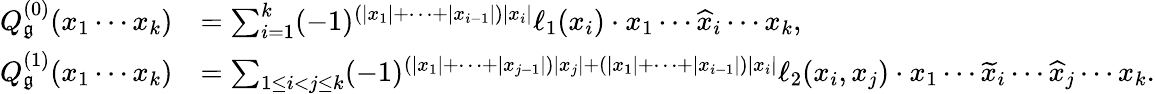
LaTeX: \begin{array}{rl}{Q_{\mathfrak{g}}^{(0)}(x_{1}\cdots x_{k})}&{=\sum_{i=1}^{k}(-1)^{(|x_{1}|+\cdots+|x_{i-1}|)|x_{i}|}\ell_{1}(x_{i})\cdot x_{1}\cdots\widehat{x}_{i}\cdots x_{k},}\\ {Q_{\mathfrak{g}}^{(1)}(x_{1}\cdots x_{k})}&{=\sum_{1\leq i<j\leq k}(-1)^{(|x_{1}|+\cdots+|x_{j-1}|)|x_{j}|+(|x_{1}|+\cdots+|x_{i-1}|)|x_{i}|}\ell_{2}(x_{i},x_{j})\cdot x_{1}\cdots\widetilde{x}_{i}\cdots\widehat{x}_{j}\cdots x_{k}.}\end{array}